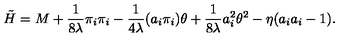
\tilde { H } = M + \frac { 1 } { 8 \lambda } \pi _ { i } \pi _ { i } - \frac { 1 } { 4 \lambda } ( a _ { i } \pi _ { i } ) \theta + \frac { 1 } { 8 \lambda } a _ { i } ^ { 2 } \theta ^ { 2 } - \eta ( a _ { i } a _ { i } - 1 ) .